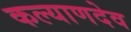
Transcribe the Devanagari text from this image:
कल्याणदेव